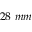
2 8 \ m m